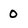
Character: 0